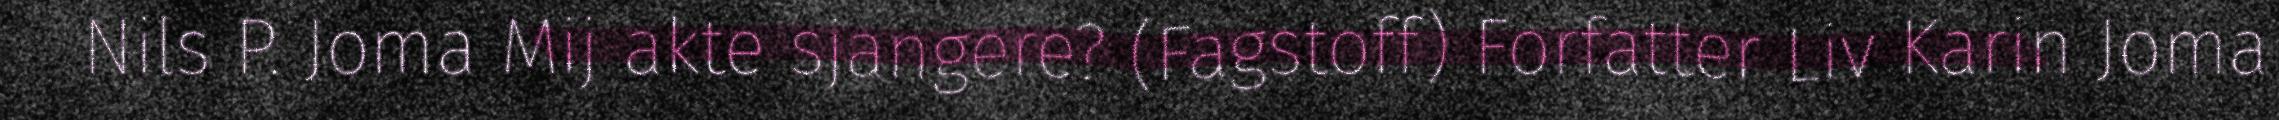
Nils P. Joma Mij akte sjangere? (Fagstoff) Forfatter Liv Karin Joma